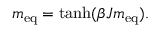
m _ { \mathrm { { e q } } } = \operatorname { t a n h } ( \beta J m _ { \mathrm { { e q } } } ) .